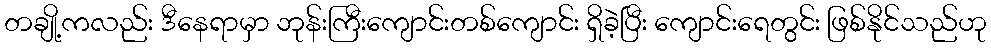
တချို့ကလည်း ဒီနေရာမှာ ဘုန်းကြီးကျောင်းတစ်ကျောင်း ရှိခဲ့ပြီး ကျောင်းရေတွင်း ဖြစ်နိုင်သည်ဟု